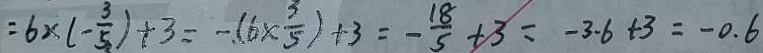
= 6 \times ( - \frac { 3 } { 5 } ) + 3 = - ( 6 \times \frac { 3 } { 5 } ) + 3 = - \frac { 1 8 } { 5 } + 3 = - 3 . 6 + 3 = - 0 . 6